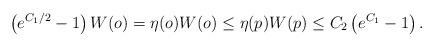
LaTeX: \begin{align*} \left(e^{C_1/2}-1\right)W(o)=\eta(o)W(o)\le\eta(p)W(p)\le C_2\left(e^{C_1}-1\right). \end{align*}